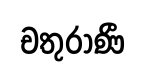
චතුරාණී